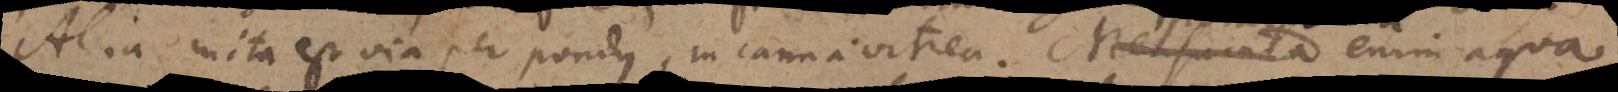
Alia inita est via per pondus, in canna vitrea. Mensurata enim aqua